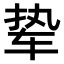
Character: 𫐋